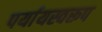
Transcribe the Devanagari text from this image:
पर्यायस्वरूप